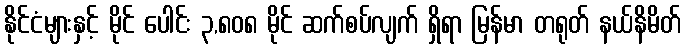
နိုင်ငံများနှင့် မိုင် ပေါင်း ၃,၈၀၈ မိုင် ဆက်စပ်လျက် ရှိရာ မြန်မာ တရုတ် နယ်နိမိတ်